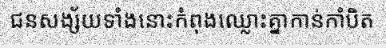
ជនសង្ស័យទាំងនោះកំពុងឈ្លោះគ្នាកាន់កាំបិត